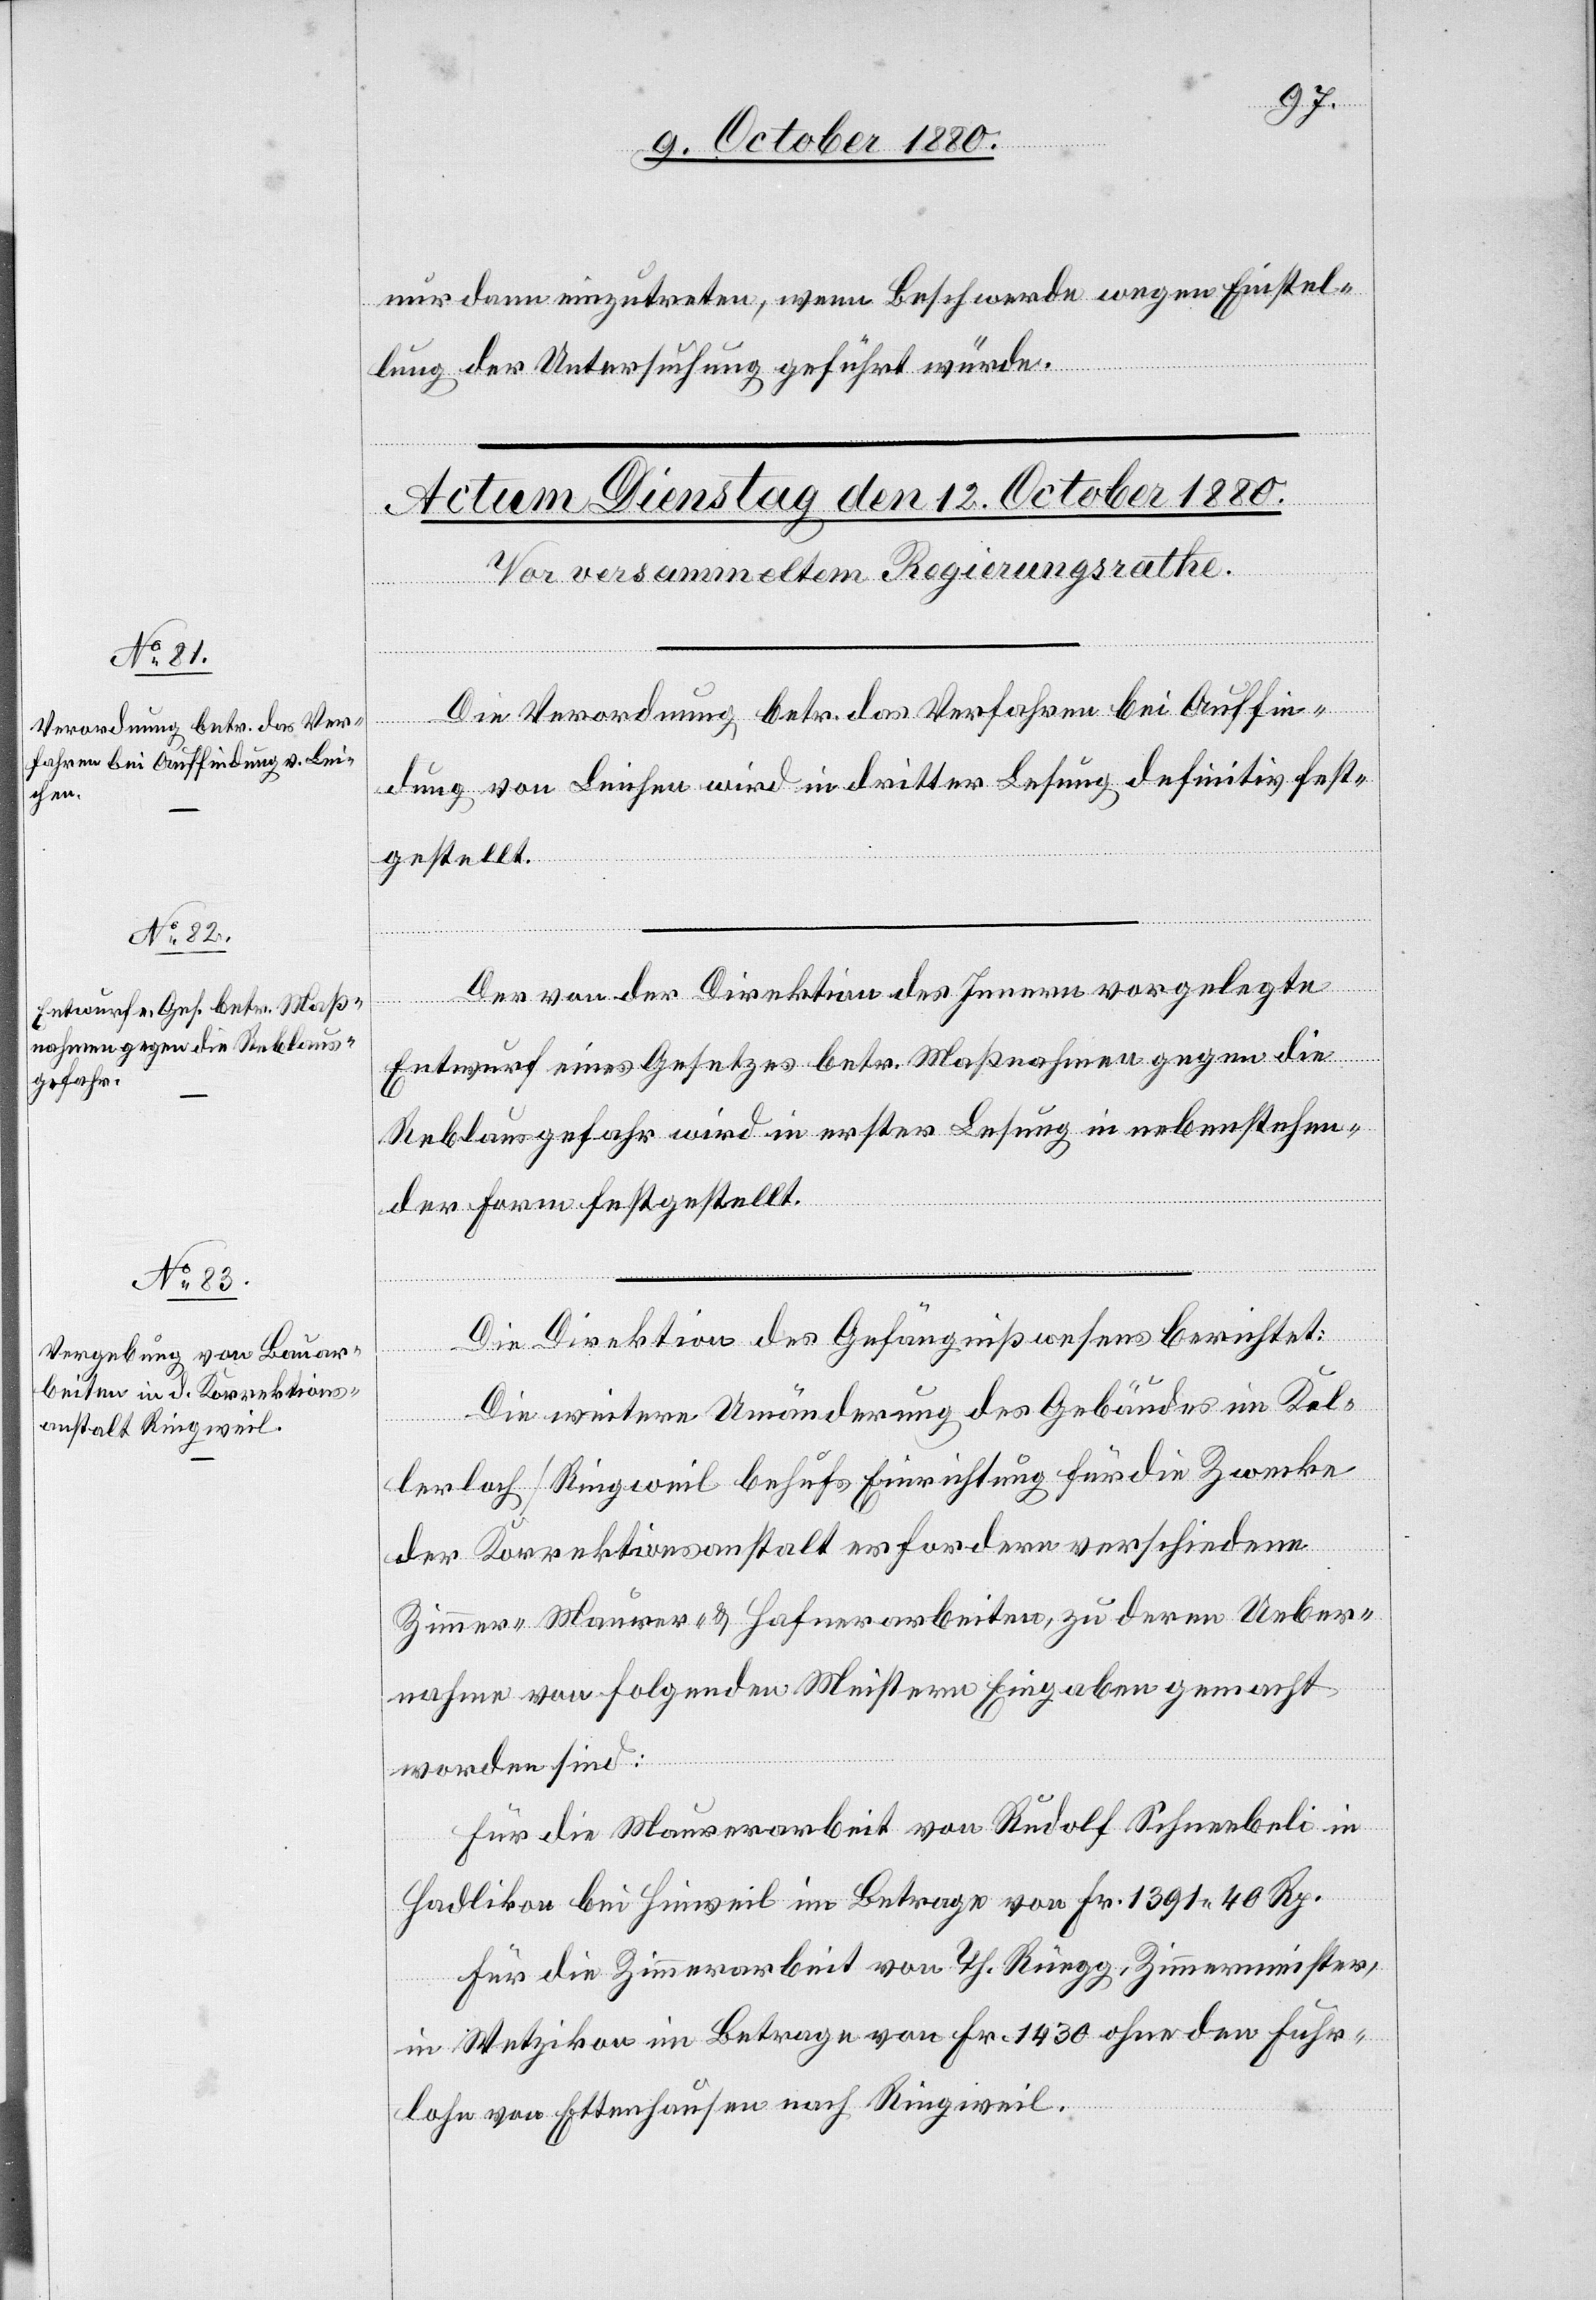
nur dann einzutreten, wenn Beschwerde wegen Einstel¬
lung der Untersuchung geführt würde.
Die Verordnung betr. das Verfahren bei Auffin¬
dung von Leichen wird in dritter Lesung definitiv fest¬
gestellt.
Der von der Direktion des Innern vorgelegte
Entwurf eines Gesetzes betr. Maßnahmen gegen die
Reblausgefahr wird in erster Lesung in nebenstehen¬
der Form festgestellt.
Die Direktion des Gefängnißwesens berichtet:
Die weitere Umänderung des Gebäudes im Kel¬
lerloch/Ringweil behufs Einrichtung für die Zwecke
der Korrektionsanstalt erfordern verschiedene
Zimmer- Maurer- & Hafnerarbeiten, zu deren Ueber¬
nahme von folgenden Meistern Eingaben gemacht
worden sind:
Für die Maurerarbeit von Rudolf Schneebeli in
Hadlikon bei Hinweil im Betrage von Fr. 1391 40 Rp.
Für die Zimmerarbeit von Th. Rüegg, Zimmermeister,
in Wetzikon im Betrage von Fr. 1430 ohne den Fuhr¬
lohn von Ettenhausen nach Ringweil.